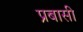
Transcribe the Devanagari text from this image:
प्रबासी